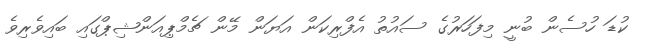
ކުޑަ ހުސެން ބުނީ މިފަހަރުގެ ސައުތު އެފްރިކަން އަޔަން މޭން ޗެމްޕިއަންޝިޕްގައި ބައިވެރިވެ